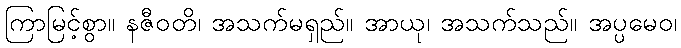
ကြာမြင့်စွာ။ နဇီဝတိ၊ အသက်မရှည်။ အာယု၊ အသက်သည်။ အပ္ပမေဝ၊